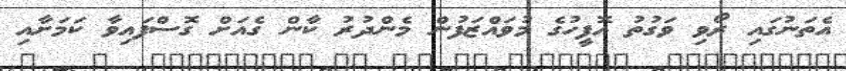
އެތަނުގައި ރޯވި ވަގުތު އޮފީހުގެ މުވައްޒަފުން މެންދުރު ކާން ގެއަށް ގޮސްފައިވާ ކަމަށާއި